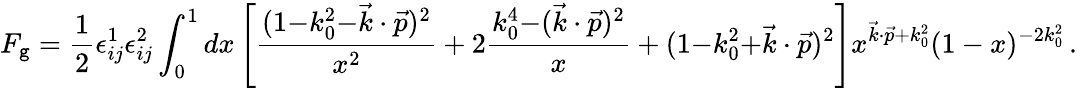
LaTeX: F_{\mathtt{g}}={\frac{{1}}{{2}}}\epsilon_{ij}^{1}\epsilon_{ij}^{2}\int_{0}^{1}dx\left[{\frac{{(1{-}k_{0}^{2}{-}\vec{{k}}\cdot\vec{{p}})^{2}}}{{x^{2}}}}+2{\frac{{k_{0}^{4}{-}(\vec{{k}}\cdot\vec{{p}})^{2}}}{{x}}}+(1{-}k_{0}^{2}{+}\vec{{k}}\cdot\vec{{p}})^{2}\right]x^{\vec{{k}}\cdot\vec{{p}}+k_{0}^{2}}(1-x)^{-2k_{0}^{2}}\, .